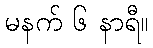
မနက် ၆ နာရီ။